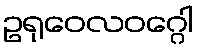
ဥရုဝေလဝဂ္ဂေါ